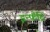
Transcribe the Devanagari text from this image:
इन्फैंट्रि